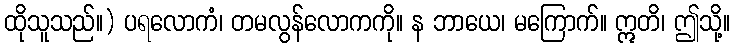
ထိုသူသည်။) ပရလောကံ၊ တမလွန်လောကကို။ န ဘာယေ၊ မကြောက်။ ဣတိ၊ ဤသို့။